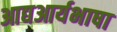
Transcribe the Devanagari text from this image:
आद्यआर्यभाषा